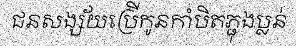
ជនសង្ស័យប្រើកូនកាំបិតភ្ជុងប្លន់